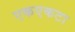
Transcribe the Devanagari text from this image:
एकएकटा